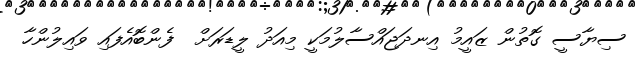
ސިޔާސީ ގޮތުން ޒައީމު އިނދަޖައްސާލުމަކީ މިއަދު ލީޑަރަށް  ފެންބޮއެފައި ވައިލުންހާ